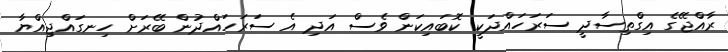
ރާއްޖޭގެ އިގްތިސާދީ ސަރަހައްދަކީ ކޮބައިކަން ވެސް އަދި އެ ސަރަހައްދުން ބޭރަށް ހިނގައްޖިއްޔާ